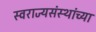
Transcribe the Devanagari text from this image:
स्वराज्यसंस्थांच्या